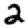
Digit: 2